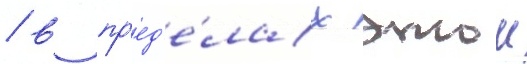
/ в пр'ед'е́лах этои